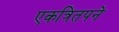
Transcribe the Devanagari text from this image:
एकत्रितपने